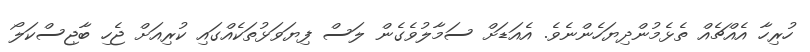
ހުރިހާ އެއްޗެއް ތެޅެމުންދިޔަހެންނެވެ. އެއަޑަށް ސަމާލުވެގެން ލަސް ފިޔަވަޅުތަކެއްގައި ކުރިއަށް ޖެހި ބާޖިސްކަލޯ